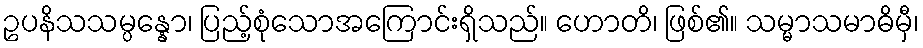
ဥပနိသသမ္ပန္နော၊ ပြည့်စုံသောအကြောင်းရှိသည်။ ဟောတိ၊ ဖြစ်၏။ သမ္မာသမာဓိမှီ၊